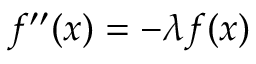
f ^ { \prime \prime } ( x ) = - \lambda f ( x )